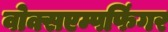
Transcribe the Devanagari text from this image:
वोक्सएम्पफिंगर